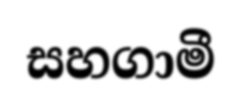
සහගාමී